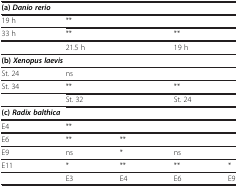
<table><thead><tr><td colspan="5"><b>(a) <i>Danio rerio</i></b></td></tr></thead><tbody><tr><td>19 h</td><td colspan="2">**</td><td colspan="2">[EMPTY_CELL]</td></tr><tr><td>33 h</td><td colspan="2">**</td><td colspan="2">**</td></tr><tr><td>[EMPTY_CELL]</td><td colspan="2">21.5 h</td><td colspan="2">19 h</td></tr><tr><td colspan="5"><b>(b) </b><b><i>Xenopus laevis</i></b></td></tr><tr><td>St. 24</td><td colspan="2">ns</td><td colspan="2">[EMPTY_CELL]</td></tr><tr><td>St. 34</td><td colspan="2">**</td><td colspan="2">**</td></tr><tr><td>[EMPTY_CELL]</td><td colspan="2">St. 32</td><td colspan="2">St. 24</td></tr><tr><td colspan="5"><b>(c) </b><b><i>Radix balthica</i></b></td></tr><tr><td>E4</td><td>**</td><td>[EMPTY_CELL]</td><td>[EMPTY_CELL]</td><td>[EMPTY_CELL]</td></tr><tr><td>E6</td><td>**</td><td>**</td><td>[EMPTY_CELL]</td><td>[EMPTY_CELL]</td></tr><tr><td>E9</td><td>ns</td><td>*</td><td>ns</td><td>[EMPTY_CELL]</td></tr><tr><td>E11</td><td>*</td><td>**</td><td>**</td><td>*</td></tr><tr><td>[EMPTY_CELL]</td><td>E3</td><td>E4</td><td>E6</td><td>E9</td></tr></tbody></table>